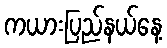
ကယားပြည်နယ်နေ့